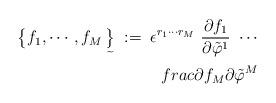
LaTeX: \begin{align*}\bigl\{ f_1, \cdots , f_M\mathop{\big\}}\limits_{\widetilde{ }} \;:=\;\epsilon^{r_1\cdots r_M} \ \frac{\partial f_1}{\partial \tilde{\varphi}^1} \ \cdots \\frac{\partial f_M}{\partial \tilde{\varphi}^M}\end{align*}